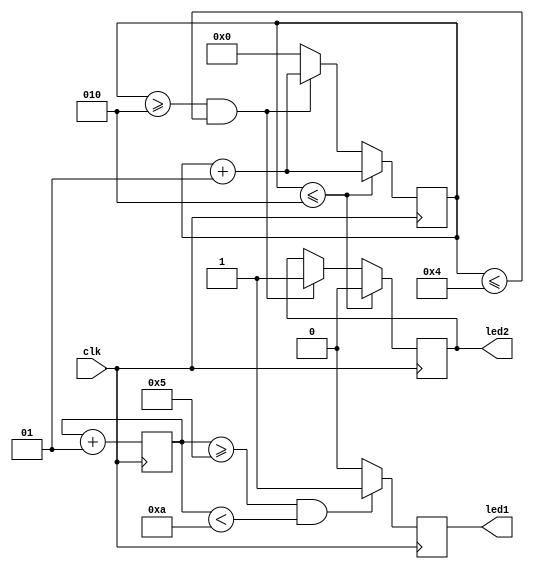
module counter ( input clk,  output  reg  led1, output reg led2 );

    parameter PERIODLED=2;
              //altumf_osc osc(.oscena(1'b1),.osc(clk));
    integer countone=0; //  
    integer count=0;    //  
    always @ (posedge clk)	
      begin
	//   
	if (countone<5)      led1<=0;
	if (countone>=5 && countone<10)     led1<=1;
	else led1<=0;
	countone=countone+1;

	//  
	if (count<=PERIODLED) 
	   begin                          
	    led2<=0;
	    count=count+1;
	  end                          
	else if (count>=PERIODLED && count<=PERIODLED*2)
	   begin
	    led2<=1;
	    count=count+1;
	   end 
         else count=0;
    end              
endmodule